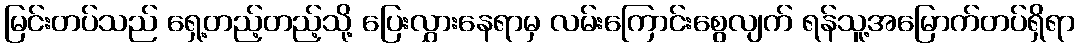
မြင်းတပ်သည် ရှေ့တည့်တည့်သို့ ပြေးလွှားနေရာမှ လမ်းကြောင်းစွေလျက် ရန်သူ့အမြောက်တပ်ရှိရာ